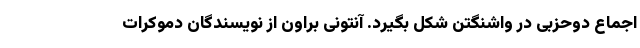
اجماع دوحزبی در واشنگتن شکل بگیرد. آنتونی براون از نویسندگان دموکرات